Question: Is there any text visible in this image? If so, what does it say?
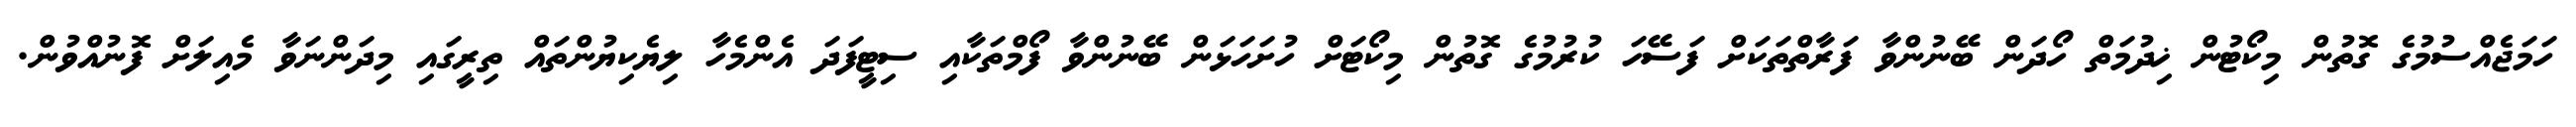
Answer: ހަމަޖެއްސުމުގެ ގޮތުން މިކޯޓުން ޚިދުމަތް ހޯދަން ބޭނުންވާ ފަރާތްތަކަށް ފަސޭހަ ކުރުމުގެ ގޮތުން މިކޯޓަށް ހުށަހަޅަން ބޭނުންވާ ފޯމްތަކާއި ސިޓީފަދަ އެންމެހާ ލިޔެކިޔުންތައް ތިރީގައި މިދަންނަވާ މެއިލަށް ފޮނުއްވުން.